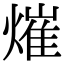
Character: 熣